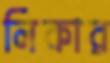
লিকার